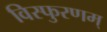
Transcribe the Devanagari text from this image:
विस्फुरणम्